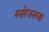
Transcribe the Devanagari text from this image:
मनोरंजनच्या